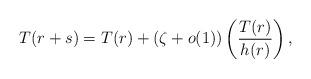
LaTeX: \begin{align*} T(r+s) = T(r)+(\zeta+o(1))\left(\frac{T(r)}{h(r)}\right), \end{align*}